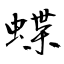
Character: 蝶